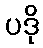
ပဒို